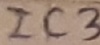
Text: IC3